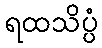
ရထသိပ္ပံ